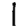
Digit: 1